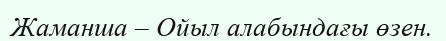
Жаманша – Ойыл алабындағы өзен.